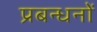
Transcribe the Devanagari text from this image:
प्रबन्धनाें